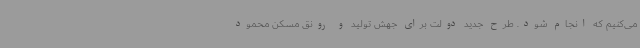
می‌کنیم که انجام شود. طرح جدید دولت برای جهش تولید و رونق مسکن محمود